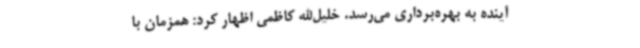
آینده به بهره‌برداری می‌رسد. خلیل‌الله کاظمی اظهار کرد: همزمان با